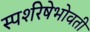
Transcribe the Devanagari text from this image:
स्पर्शरेषेभोवती